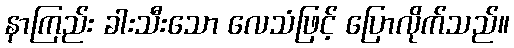
နာကြည်း ခါးသီးသော လေသံဖြင့် ပြောလိုက်သည်။